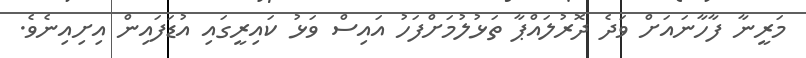
މަރީނާ ފާހާނައަށް ވަދެ ދޮރުލައްޕާ ތަޅުލުމަށްފަހު އައިސް ވަޅު ކައިރީގައި އުޑަފައިން އިށިއިނެވެ.